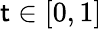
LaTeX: \mathsf{t}\in\left[0,1\right]